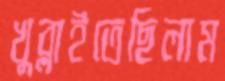
খুব্‌লাইতেছিলাম